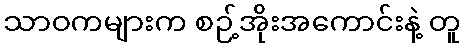
သာဝကများက စဉ့်အိုးအကောင်းနဲ့ တူ